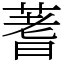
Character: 蓍